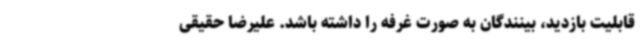
قابلیت بازدید، بینندگان به صورت غرفه را داشته باشد. علیرضا حقیقی